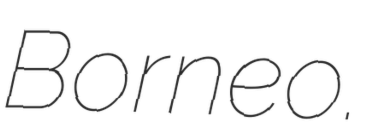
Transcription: Borneo.